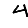
Digit: 4